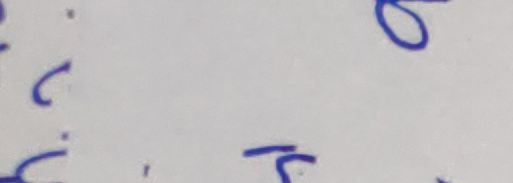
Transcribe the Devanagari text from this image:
.ब८.त८